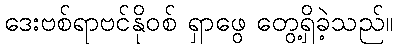
ဒေးဗစ်ရာဗင်နိုဝစ် ရှာဖွေ တွေ့ရှိခဲ့သည်။